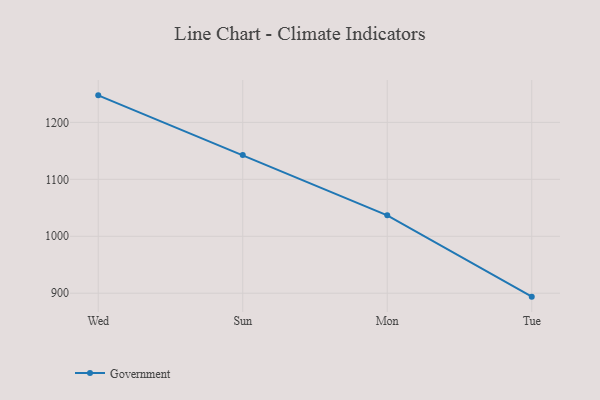
{"axis": {"x": "Day", "y": "Active Users"}, "legend": ["Government"], "data": [{"x": "Wed", "y": 1247.5, "type": "Government"}, {"x": "Sun", "y": 1142.6, "type": "Government"}, {"x": "Mon", "y": 1036.8, "type": "Government"}, {"x": "Tue", "y": 894.0, "type": "Government"}]}